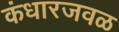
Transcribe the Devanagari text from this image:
कंधारजवळ